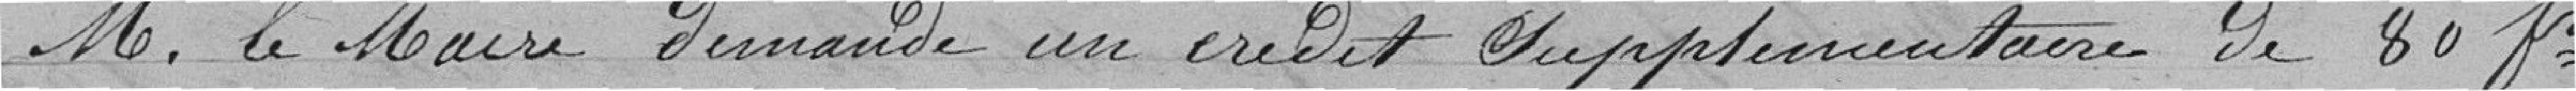
M. le Maire demande un crédit supplémentaire de 80 francs